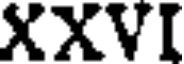
XXVI